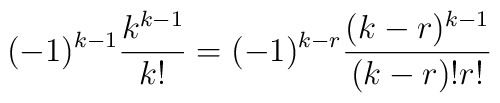
(-1)^{k-1}\frac{k^{k-1}}{k!}=(-1)^{k-r}\frac{(k-r)^{k-1}}{(k-r)!r!}